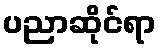
ပညာဆိုင်ရာ